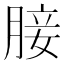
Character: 𮌟